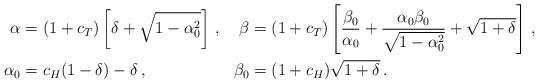
LaTeX: \begin{align*}\alpha &= (1+c_T)\left[\delta + \sqrt{1 -\alpha_0^2}\right]\, , & \beta &= (1+c_T)\left[\frac{\beta_0}{\alpha_0} + \frac{\alpha_0 \beta_0}{\sqrt{1-\alpha_0^2}} + \sqrt{1+\delta}\right] \, , \\\alpha_0 &= c_H (1 - \delta) - \delta\, , & \beta_0 &= (1+c_H)\sqrt{1+\delta} \, .\end{align*}